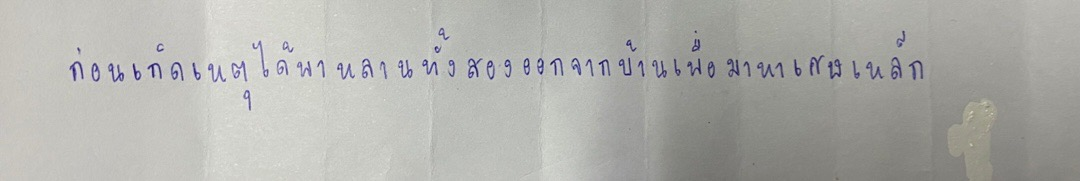
ก่อนเกิดเหตุได้พาหลานทั้งสองออกจากบ้านเพื่อมาหาเศษเหล็ก